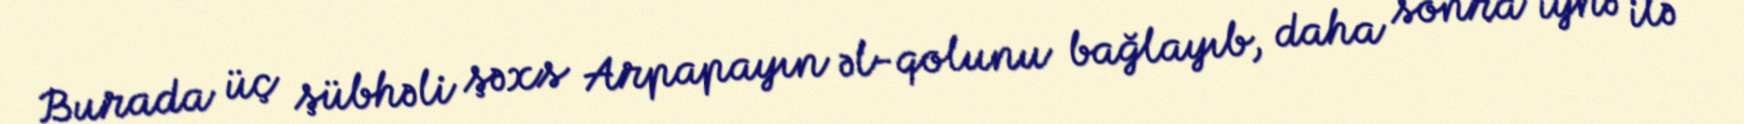
Burada üç şübhəli şəxs Arpapayın əl-qolunu bağlayıb, daha sonra iynə ilə